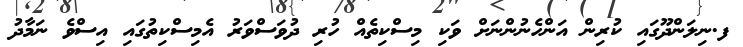
ފ.ނިލަންދޫގައި ކުރިން އަންހެނުންނަށް ވަކި މިސްކިތެއް ހުރި ދުވަސްވަރު އެމިސްކިތުގައި އިސްވެ ނަމާދު